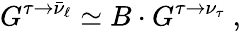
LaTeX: G^{\tau\rightarrow\bar{\nu}_{\ell}}\simeq B\cdot G^{\tau\rightarrow{\nu}_{\tau}}\ ,